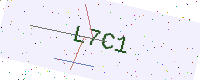
Text: L7C1